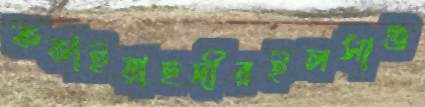
ককাইয়াছদীরইলসাগু